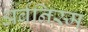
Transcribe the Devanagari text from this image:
अर्बनिस्म